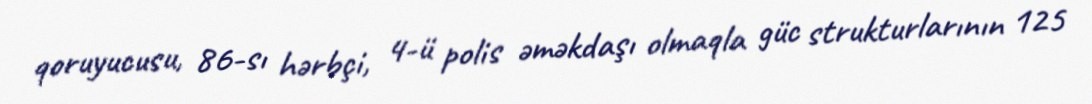
qoruyucusu, 86-sı hərbçi, 4-ü polis əməkdaşı olmaqla güc strukturlarının 125